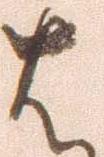
は